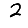
Digit: 2